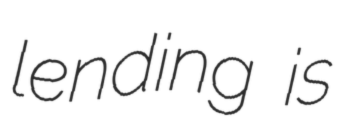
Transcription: lending is